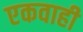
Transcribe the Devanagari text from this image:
एकवाही